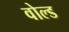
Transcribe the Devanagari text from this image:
वोल्ड